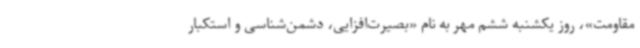
مقاومت»، روز یکشنبه ششم مهر به نام «بصیرت‌افزایی، دشمن‌شناسی و استکبار